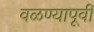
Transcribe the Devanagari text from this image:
वळण्यापूर्वी